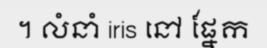
។ លំនាំ iris នៅ ផ្នែក